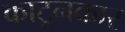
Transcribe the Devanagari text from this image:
काटूनकार